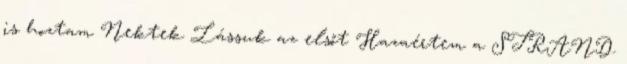
is hoztam Nektek Lássuk az elsőt Hazaértem a STRAND